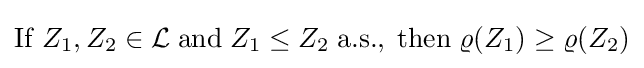
\mathrm {If} \;Z_{1},Z_{2}\in {\mathcal {L}}\;\mathrm {and} \;Z_{1}\leq Z_{2}\;\mathrm {a.s.} ,\;\mathrm {then} \;\varrho (Z_{1})\geq \varrho (Z_{2})